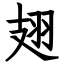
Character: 翅